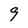
Character: 9